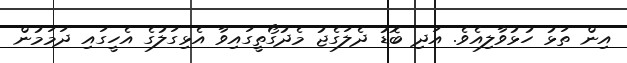
އިން ތަޅު ހުޅުވާލިއެވެ. އަދި ބޮޑު ދެލަގެޖު މެދުގޯތީގައިވާ އެޅިގަލުގެ އެހީގައި ދަމަމުން